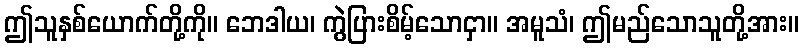
ဤသူနှစ်ယောက်တို့ကို။ ဘေဒါယ၊ ကွဲပြားစိမ့်သောငှာ။ အမူသံ၊ ဤမည်သောသူတို့အား။